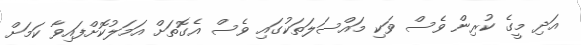
އަދި މީގެ ކުރިން ވެސް ވަކި މައްސަލަތަކުގައި ވެސް އެގޮތަށް އަމަލުކޮށްފައިވާ ކަމަށް